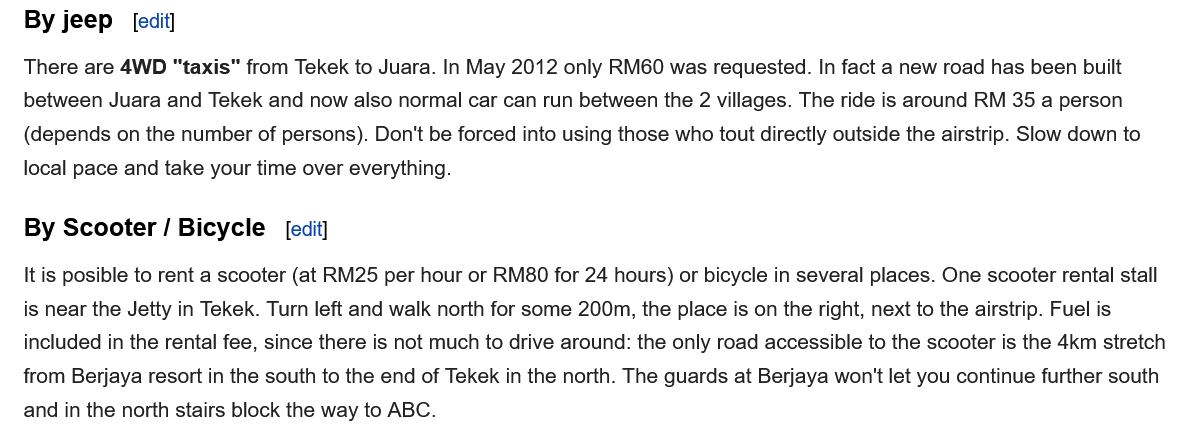
By jeep
   There are 4WD “taxis” from Tekek to Juara. In May 2012 only RM60 was requested. In fact a new road has been built
   between Juara and Tekek and now also normal car can run between the
  2
     villages. The ride is around RM 35 a person
   (depends on the number of persons). Don't be forced into using those who tout directly outside the airstrip. Slow down to
   local pace and take your time over everything.
   It is posible to rent a scooter (at RM25 per hour or RM80 for 24 hours) or bicycle in several places. One scooter rental stall
   is near the Jetty in Tekek. Turn left and walk north for some 200m, the place is on the right, next to the airstrip. Fuel is
   included in the rental fee, since there is not much to drive around: the only road accessible to the scooter is the 4km stretch
   from Berjaya resort in the south to the end of Tekek in the north. The guards at Berjaya won't let you continue further south
   and in the north stairs block the way to ABC.
   By Scooter /  Bicycle